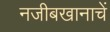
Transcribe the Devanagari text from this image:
नजीबखानाचें